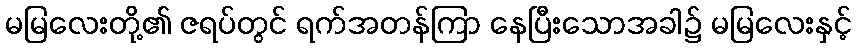
မမြလေးတို့၏ ဇရပ်တွင် ရက်အတန်ကြာ နေပြီးသောအခါ၌ မမြလေးနှင့်